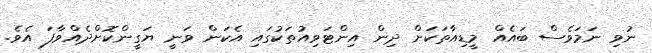
ނުވި ނަމަވެސް ބައެއް މީޑިއާތަކަށް ދިން އިންޓަވިއުތަކުގައި އެކަން ވަނީ ޔަގީންކޮށްދެއްވާފަ އެވެ.